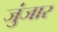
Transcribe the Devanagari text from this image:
जुंजार